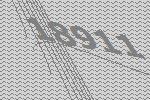
18911